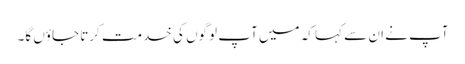
آپ نے ان سے کہا کہ میں آپ لوگوں کی خدمت کرتا جاؤں گا۔